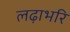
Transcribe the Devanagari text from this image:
लढ़ाभरि